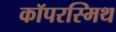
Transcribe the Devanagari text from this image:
कॉपरस्मिथ